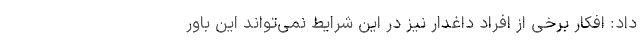
داد: افکار برخی از افراد داغدار نیز در این شرایط نمی‌تواند این باور